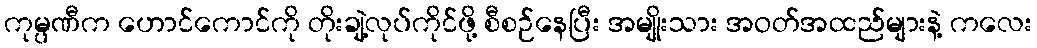
ကုမ္ပဏီက ဟောင်ကောင်ကို တိုးချဲ့လုပ်ကိုင်ဖို့ စီစဉ်နေပြီး အမျိုးသား အဝတ်အထည်များနဲ့ ကလေး